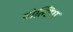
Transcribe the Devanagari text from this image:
बोल्डिंग